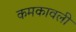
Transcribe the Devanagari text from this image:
कमकावली